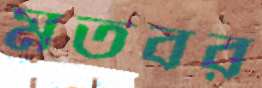
মতবর